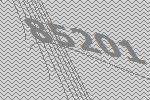
85201